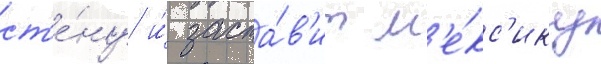
ст'е́ну и́ заста́в'ит м'е́кс'ику